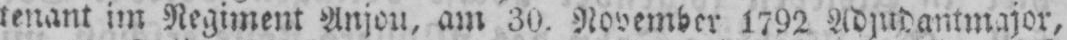
tenant im Regiment Anjou, am 30. November 1792 Adjudantmajor,